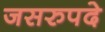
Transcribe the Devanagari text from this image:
जसरुपदे